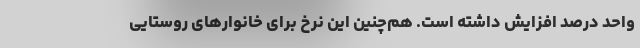
واحد درصد افزایش داشته است. هم‌چنین این نرخ برای خانوارهای روستایی